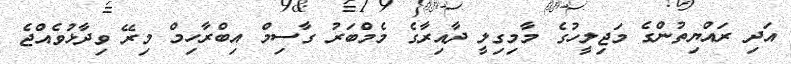
އަދި ރައްޔިތުންގެ މަޖިލީހުގެ މާމިގިލީ ދާއިރާގެ މެމްބަރު ގާސިމް އިބްރާހިމް މިރޭ ވިދާޅުވެއްޖެ